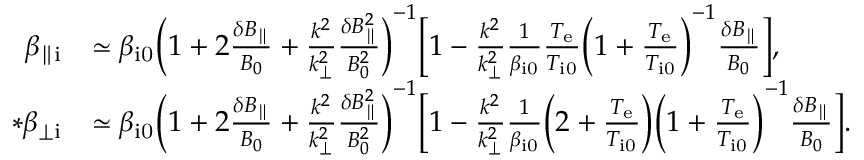
\begin{array} { r l } { \beta _ { \parallel \mathrm { i } } } & { \simeq \beta _ { \mathrm { i 0 } } \biggl ( 1 + 2 \frac { \delta B _ { \parallel } } { B _ { 0 } } + \frac { k ^ { 2 } } { k _ { \perp } ^ { 2 } } \frac { \delta B _ { \parallel } ^ { 2 } } { B _ { 0 } ^ { 2 } } \biggr ) ^ { - 1 } \biggl [ 1 - \frac { k ^ { 2 } } { k _ { \perp } ^ { 2 } } \frac { 1 } { \beta _ { \mathrm { i 0 } } } \frac { T _ { \mathrm { e } } } { T _ { \mathrm { i 0 } } } \biggl ( 1 + \frac { T _ { \mathrm { e } } } { T _ { \mathrm { i 0 } } } \biggr ) ^ { - 1 } \frac { \delta B _ { \parallel } } { B _ { 0 } } \biggr ] , } \\ { * \beta _ { \perp \mathrm { i } } } & { \simeq \beta _ { \mathrm { i 0 } } \biggl ( 1 + 2 \frac { \delta B _ { \parallel } } { B _ { 0 } } + \frac { k ^ { 2 } } { k _ { \perp } ^ { 2 } } \frac { \delta B _ { \parallel } ^ { 2 } } { B _ { 0 } ^ { 2 } } \biggr ) ^ { - 1 } \biggl [ 1 - \frac { k ^ { 2 } } { k _ { \perp } ^ { 2 } } \frac { 1 } { \beta _ { \mathrm { i 0 } } } \biggl ( 2 + \frac { T _ { \mathrm { e } } } { T _ { \mathrm { i 0 } } } \biggr ) \biggl ( 1 + \frac { T _ { \mathrm { e } } } { T _ { \mathrm { i 0 } } } \biggr ) ^ { - 1 } \frac { \delta B _ { \parallel } } { B _ { 0 } } \biggr ] . } \end{array}